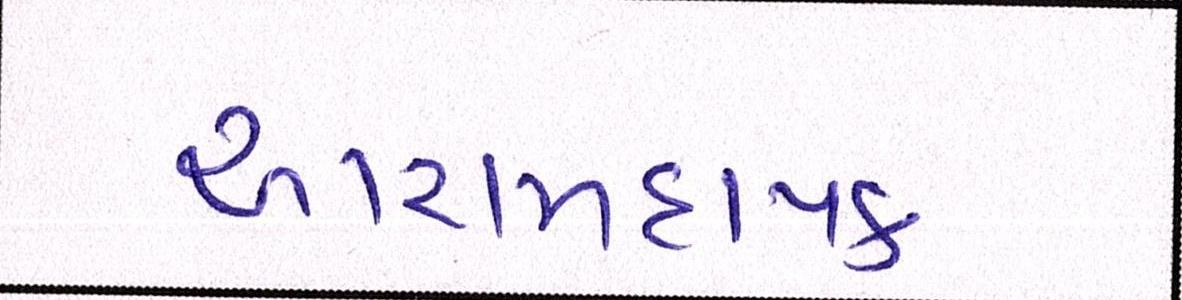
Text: આરામદાયક